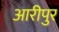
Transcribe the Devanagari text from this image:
आरीपुर